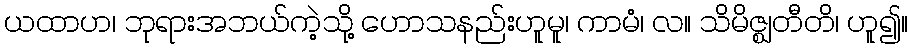
ယထာဟ၊ ဘုရားအဘယ်ကဲ့သို့ ဟောသနည်းဟူမူ၊ ကာမံ၊ လ။ သိမိဇ္ဈတီတိ၊ ဟူ၍။